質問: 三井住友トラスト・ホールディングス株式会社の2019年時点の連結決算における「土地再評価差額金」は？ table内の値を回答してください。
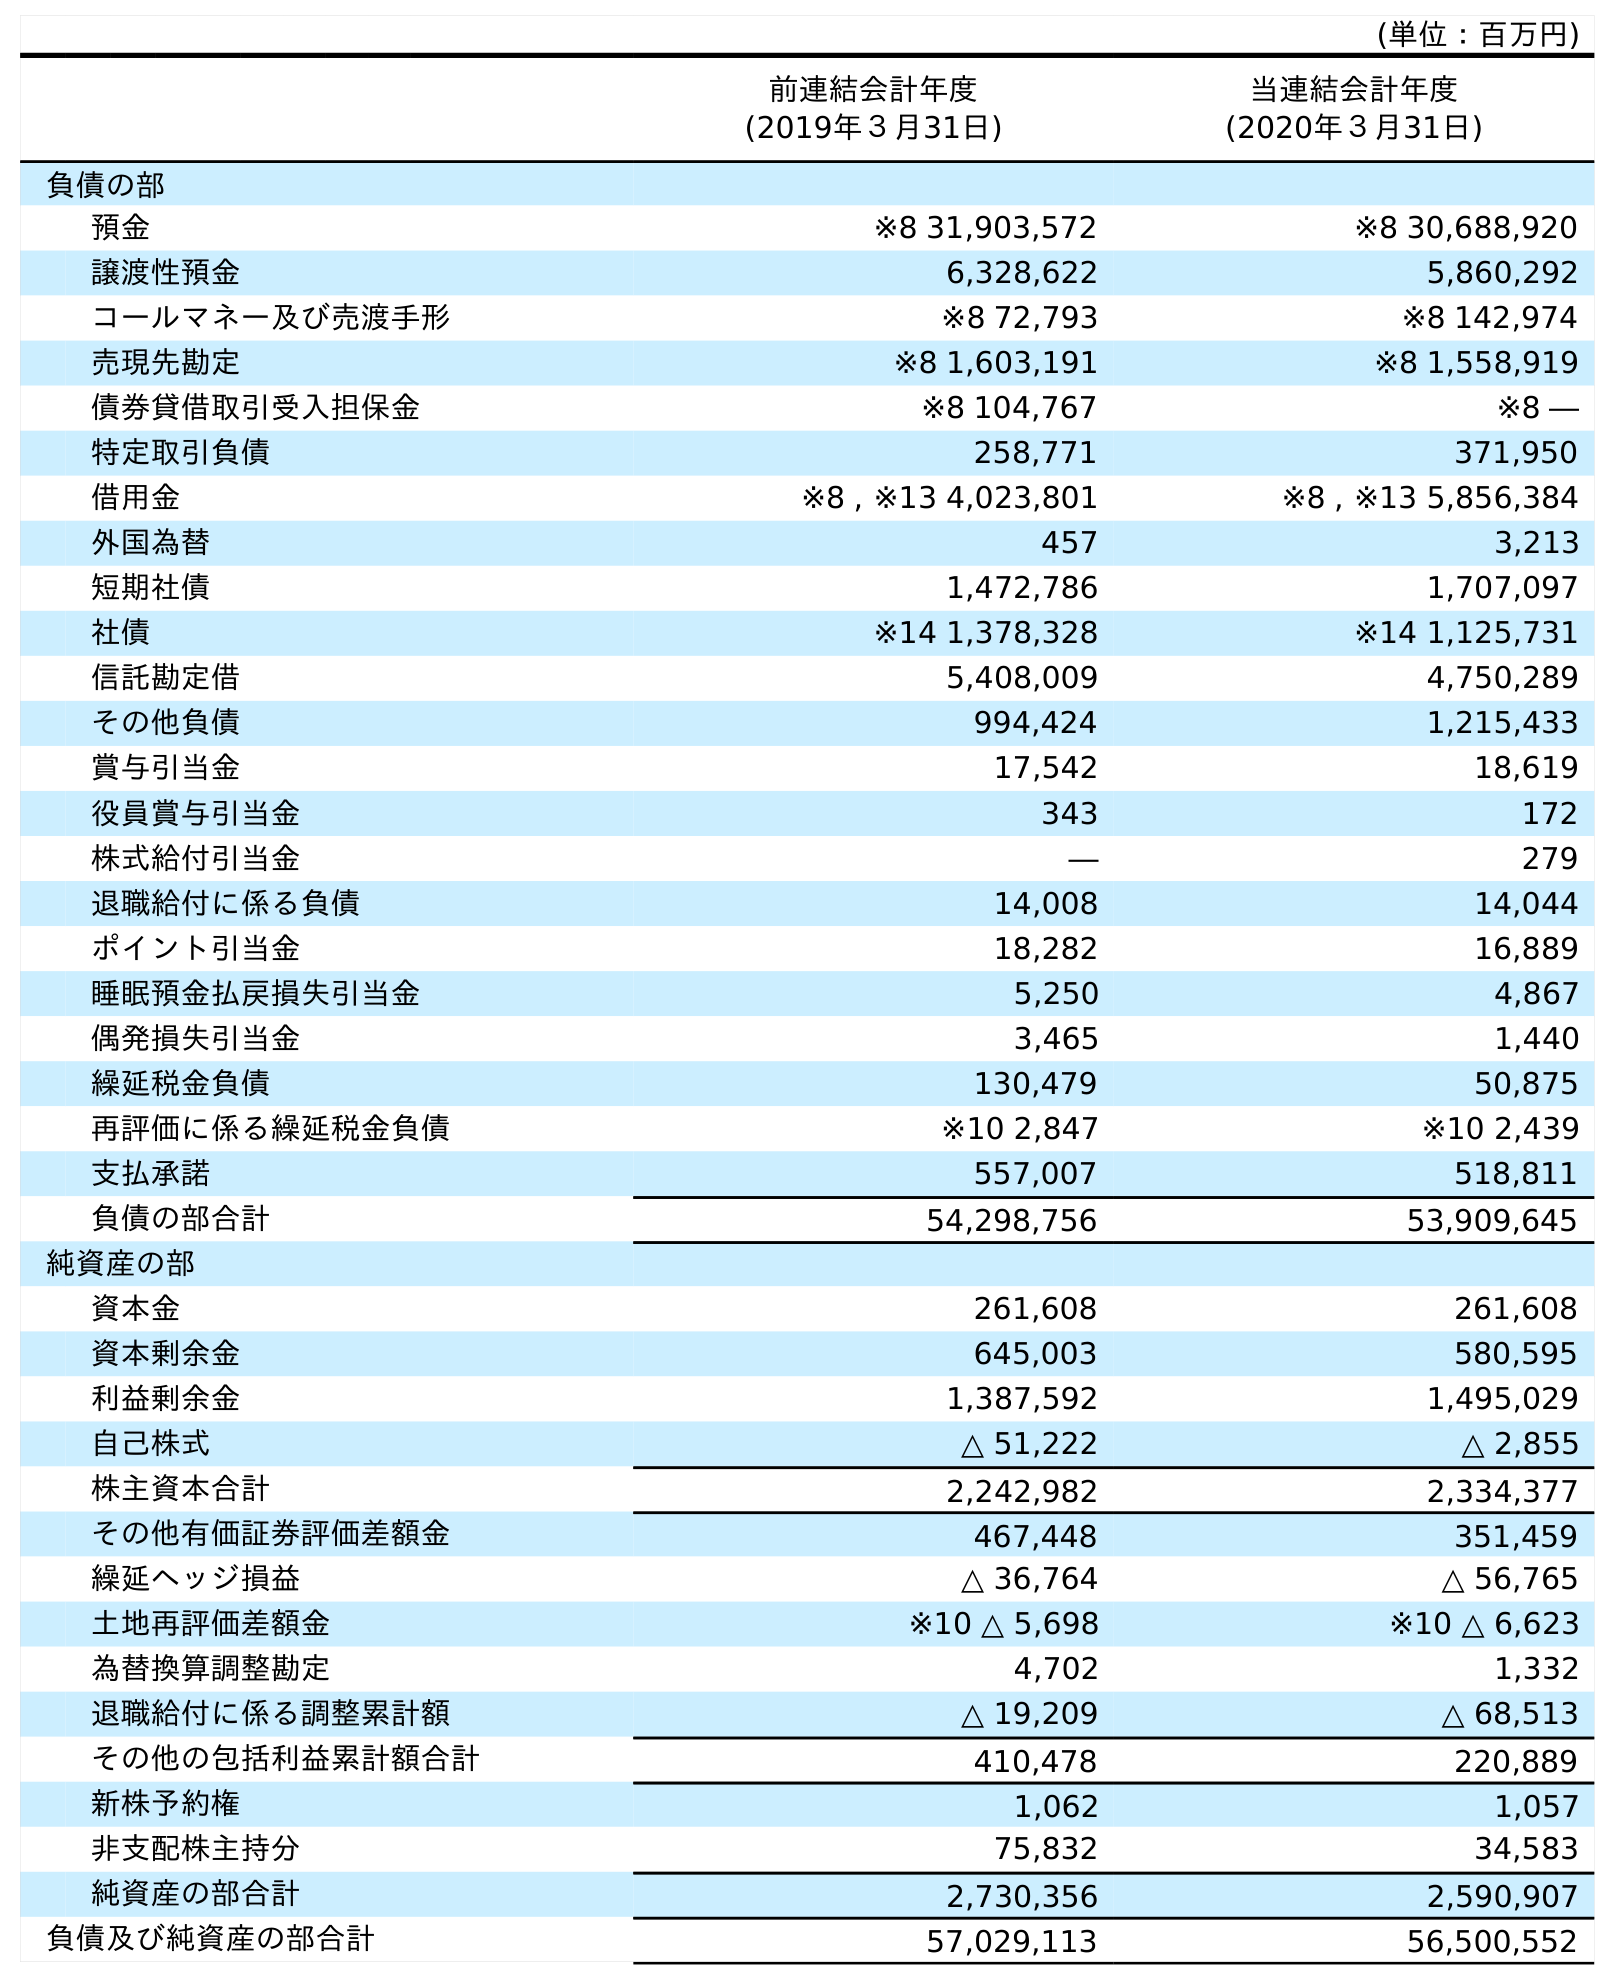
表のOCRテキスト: (単位：百万円) 前連結会計年度 (2019年３月31日) 当連結会計年度 (2020年３月31日) 負債の部 預金 ※8 31,903,572 ※8 30,688,920 譲渡性預金 6,328,622 5,860,292 コールマネー及び売渡手形 ※8 72,793 ※8 142,974 売現先勘定 ※8 1,603,191 ※8 1,558,919 債券貸借取引受入担保金 ※8 104,767 ※8 ― 特定取引負債 258,771 371,950 借用金 ※8 , ※13 4,023,801 ※8 , ※13 5,856,384 外国為替 457 3,213 短期社債 1,472,786 1,707,097 社債 ※14 1,378,328 ※14 1,125,731 信託勘定借 5,408,009 4,750,289 その他負債 994,424 1,215,433 賞与引当金 17,542 18,619 役員賞与引当金 343 172 株式給付引当金 ― 279 退職給付に係る負債 14,008 14,044 ポイント引当金 18,282 16,889 睡眠預金払戻損失引当金 5,250 4,867 偶発損失引当金 3,465 1,440 繰延税金負債 130,479 50,875 再評価に係る繰延税金負債 ※10 2,847 ※10 2,439 支払承諾 557,007 518,811 負債の部合計 54,298,756 53,909,645 純資産の部 資本金 261,608 261,608 資本剰余金 645,003 580,595 利益剰余金 1,387,592 1,495,029 自己株式 △ 51,222 △ 2,855 株主資本合計 2,242,982 2,334,377 その他有価証券評価差額金 467,448 351,459 繰延ヘッジ損益 △ 36,764 △ 56,765 土地再評価差額金 ※10 △ 5,698 ※10 △ 6,623 為替換算調整勘定 4,702 1,332 退職給付に係る調整累計額 △ 19,209 △ 68,513 その他の包括利益累計額合計 410,478 220,889 新株予約権 1,062 1,057 非支配株主持分 75,832 34,583 純資産の部合計 2,730,356 2,590,907 負債及び純資産の部合計 57,029,113 56,500,552
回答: ※10△5,698